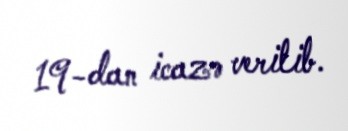
19-dan icazə verilib.